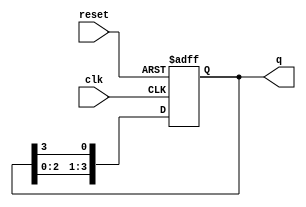
module ring_counter (
    input wire clk,         // Clock input
    input wire reset,       // Reset input
    output reg [3:0] q      // 4-bit output
);

    // Initial state
    initial begin
        q = 4'b1000; // Set initial state to 1000
    end

    // Always block triggered on the rising edge of the clock or reset
    always @(posedge clk or posedge reset) begin
        if (reset) begin
            q <= 4'b1000; // Reset to initial state
        end else begin
            // Shift the '1' to the right
            q <= {q[2:0], q[3]}; // Move the '1' to the right
        end
    end

endmodule